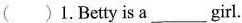
( )1.Betty is a___girl.